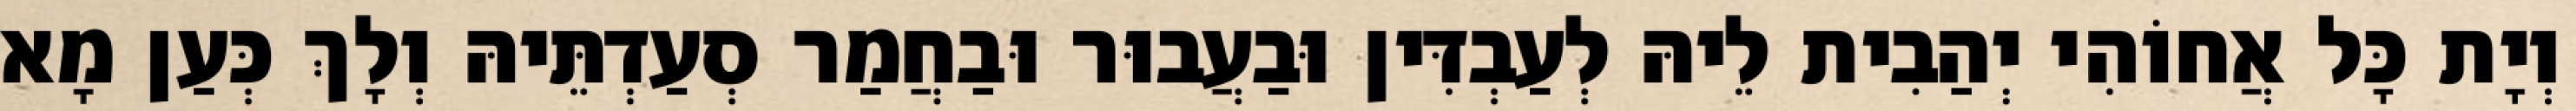
וְיָת כָּל אֲחוֹהִי יְהַבִית לֵיהּ לְעַבְדִּין וּבַעֲבוּר וּבַחֲמַר סְעַדְתֵּיהּ וְלָךְ כְּעַן מָא